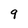
Character: 9